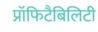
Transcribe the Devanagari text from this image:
प्रॉफिटैबिलिटी